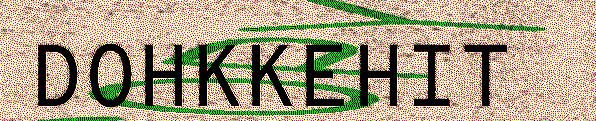
DOHKKEHIT